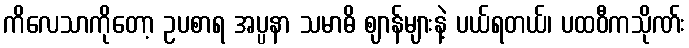
ကိလေသာကိုတော့ ဥပစာရ အပ္ပနာ သမာဓိ ဈာန်များနဲ့ ပယ်ရတယ်၊ ပထဝီကသိုဏ်း